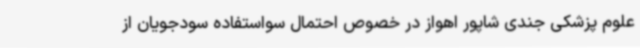
علوم پزشکی جندی شاپور اهواز در خصوص احتمال سواستفاده سودجویان از